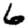
Digit: 6